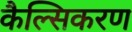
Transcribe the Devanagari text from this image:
कैल्सिकरण